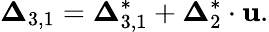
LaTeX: {{\boldsymbol{\Delta}}_{3,1}}={\boldsymbol{\Delta}}_{3,1}^{*}+{\boldsymbol{\Delta}}_{2}^{*}\cdot{\mathbf{u}}.